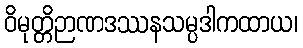
ဝိမုတ္တိဉာဏဒဿနသမ္ပဒါကထာယ၊